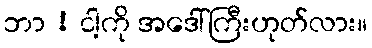
ဘာ ! ငါ့ကို အဒေါ်ကြီးဟုတ်လား။